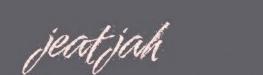
jeatjah